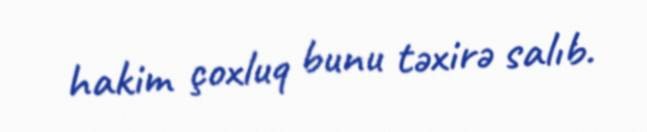
hakim çoxluq bunu təxirə salıb.